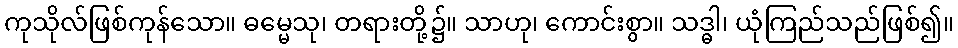
ကုသိုလ်ဖြစ်ကုန်သော။ ဓမ္မေသု၊ တရားတို့၌။ သာဟု၊ ကောင်းစွာ။ သဒ္ဓါ၊ ယုံကြည်သည်ဖြစ်၍။